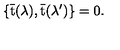
\{ \bar { \mathrm { t } } ( \lambda ) , \bar { \mathrm { t } } ( \lambda ^ { \prime } ) \} = 0 .